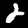
Label: 2